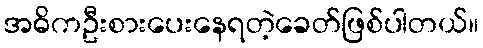
အဓိကဦးစားပေးနေရတဲ့ခေတ်ဖြစ်ပါတယ်။